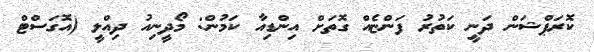
ކޮރަޕްޝަން ދަނީ ކަތުރު ފަންޏެއް ގޮތަށް އިންޑިއާ ކަމުން: މޯދީނިއު ދިއްލީ (އޮގަސްޓް